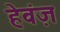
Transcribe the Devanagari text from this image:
हेवंज़